341_110448_Records_Relating_to_the_Collection_and_Dissemination_of_Intelligence_1948-1955-TS_CONT_No.2_2-5300-2-5399
Agency: Department of War
Incident date: 11/8/48
Incident location: Netherlands
Page 3
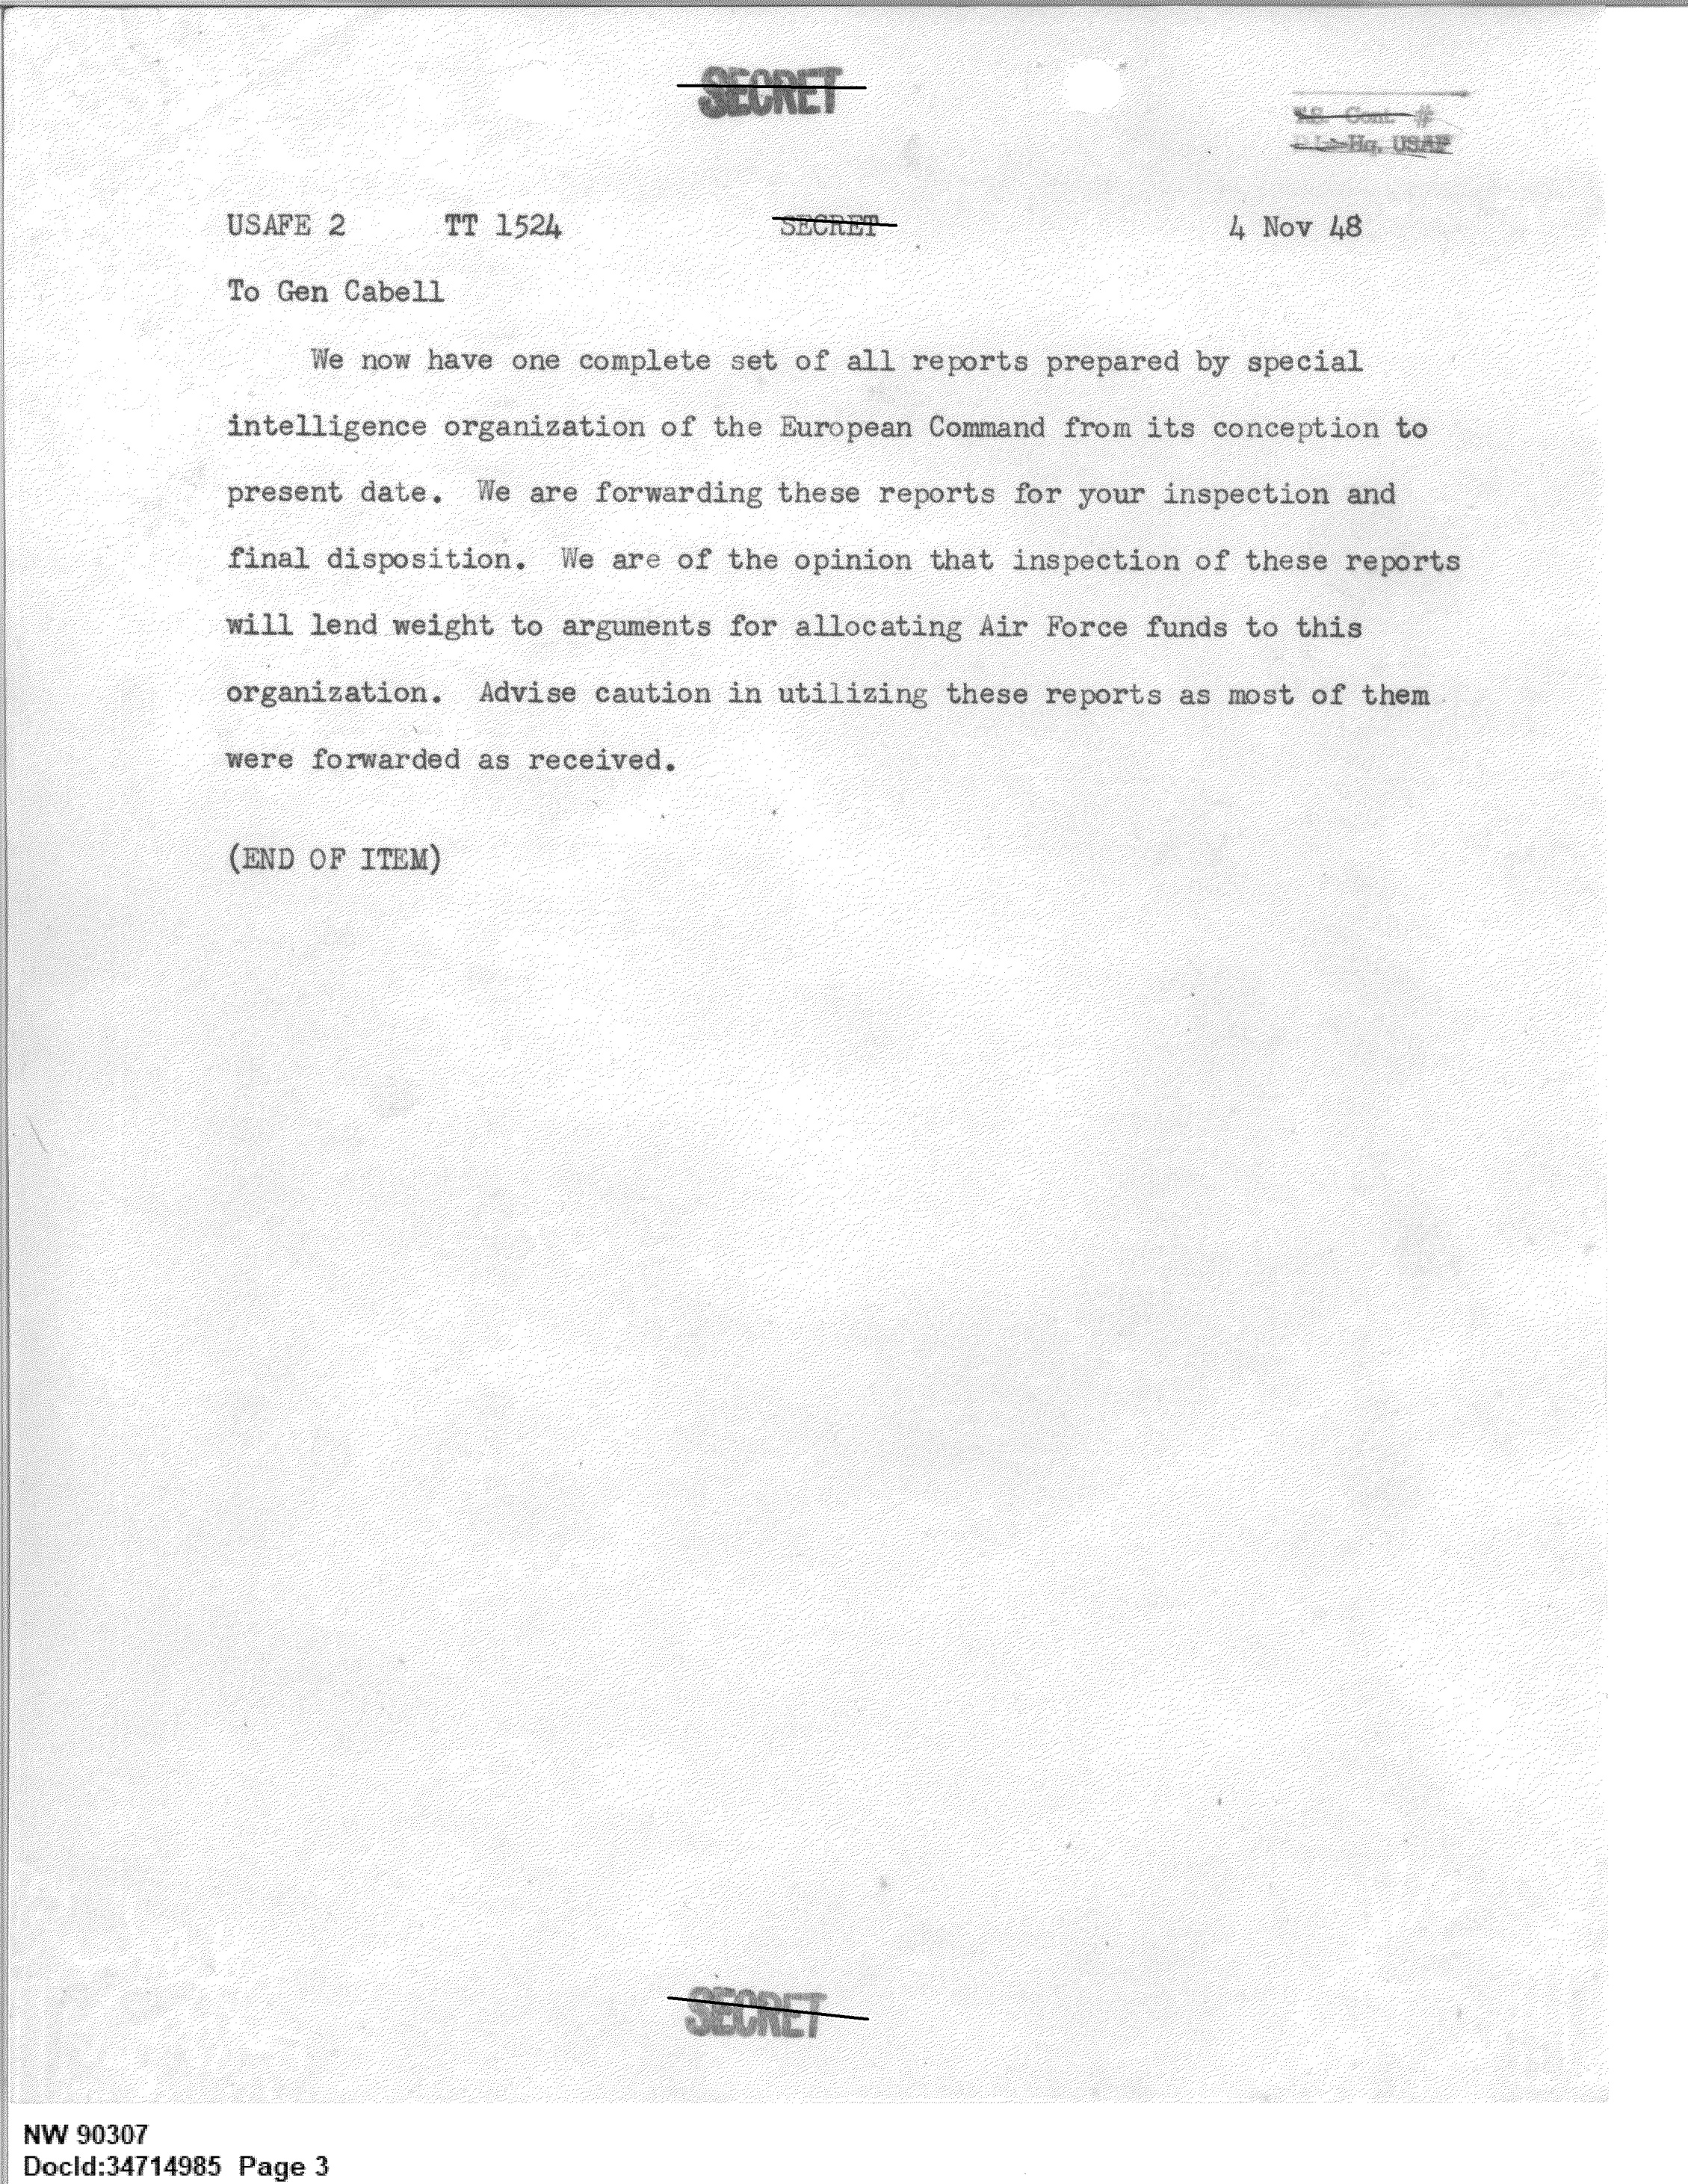